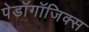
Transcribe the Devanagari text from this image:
पेडॉगॉजिक्स